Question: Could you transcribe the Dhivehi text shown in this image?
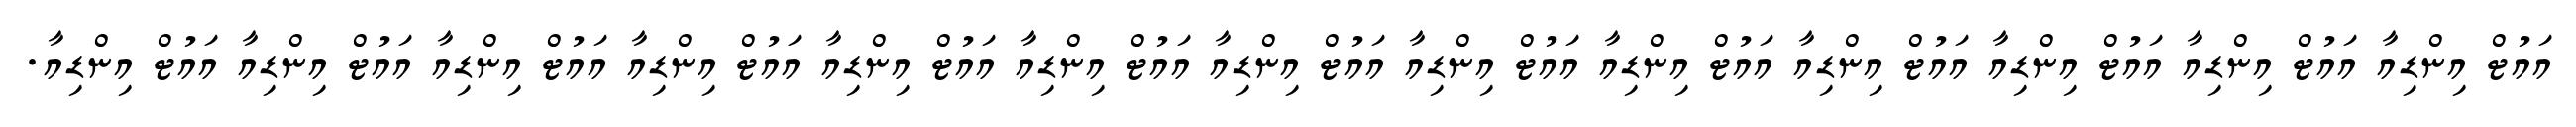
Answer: އައުޓް އިންޑިއާ އައުޓް އިންޑިއާ އައުޓް އިންޑިއާ އައުޓް އިންޑިއާ އައުޓް އިންޑިއާ އައުޓް އިންޑިއާ އައުޓް އިންޑިއާ އައުޓް އިންޑިއާ އައުޓް އިންޑިއާ އައުޓް އިންޑިއާ އައުޓް އިންޑިއާ އައުޓް އިންޑިއާ އައުޓް އިންޑިއާ.